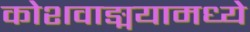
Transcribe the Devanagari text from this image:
कोशवाङ्मयामध्ये